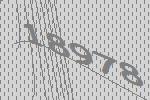
18978